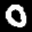
Label: 0